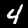
Digit: 4